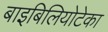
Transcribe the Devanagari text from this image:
बाइबिलियोटेका